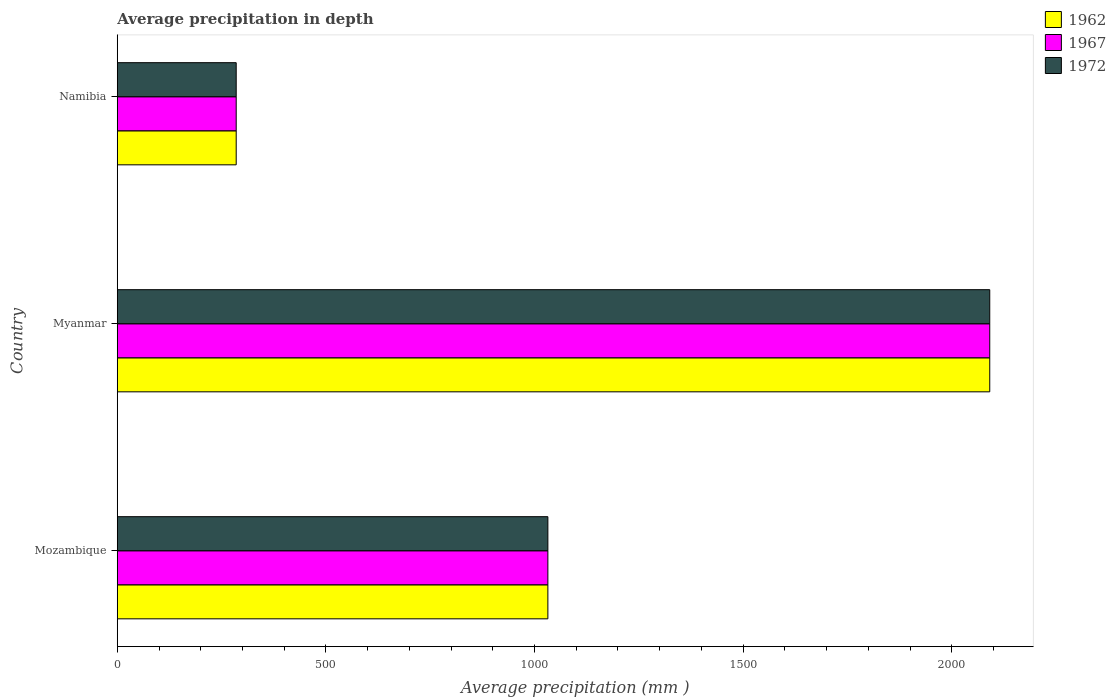
| Country | 1962 | 1967 | 1972 |
 | --- | --- | --- | --- |
 | Mozambique | 1.03e+03 | 1.03e+03 | 1.03e+03 |
 | Myanmar | 2.09e+03 | 2.09e+03 | 2.09e+03 |
 | Namibia | 285 | 285 | 285 |